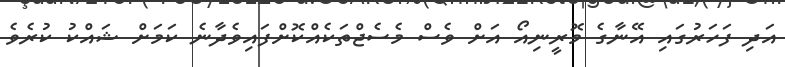
އަދި ފަހަރުގައި އޭނާގެ މޮރީނިއޯ އަށް ވެސް މެސެޖްތަކެއްކޮށްފައިވެދާނެ ކަމަށް ޝައްކު ކުރެވެ